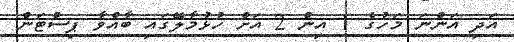
އަދި އަންނަ މަހުގެ 1 އިން 2 އަށް ހުޅުމާލޭގައި ބާއްވާ ޕިސްޓަން